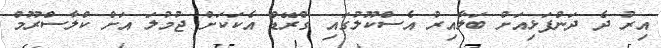
އިރު ދެ ދަންފަޅިއަށް ބަލާއިރު އެސްކޫލުގައި ގްރޭޑް އެކަކަށް ޖުމުލަ އަށް ކްލާސްރޫމް